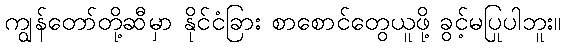
ကျွန်တော်တို့ဆီမှာ နိုင်ငံခြား စာစောင်တွေယူဖို့ ခွင့်မပြုပါဘူး။